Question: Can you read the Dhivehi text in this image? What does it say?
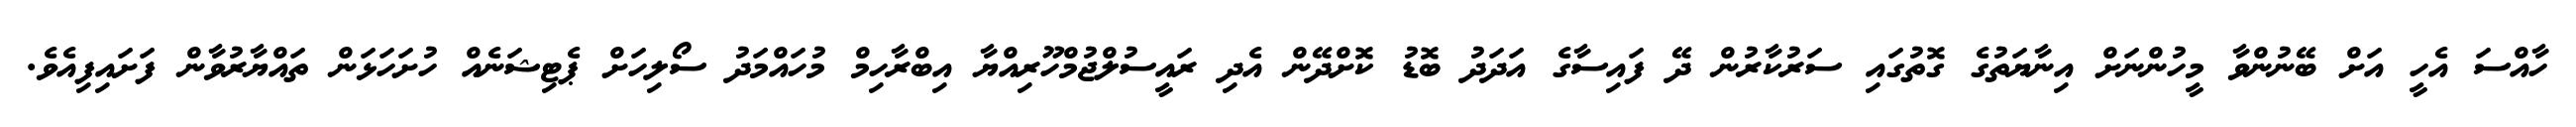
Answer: ހާއްސަ އެހީ އަށް ބޭނުންވާ މީހުންނަށް އިނާޔަތުގެ ގޮތުގައި ސަރުކާރުން ދޭ ފައިސާގެ އަދަދު ބޮޑު ކޮށްދޭން އެދި ރައީސުލްޖުމްހޫރިއްޔާ އިބްރާހިމް މުހައްމަދު ސޯލިހަށް ޕެޓިޝަނެއް ހުށަހަޅަން ތައްޔާރުވާން ފަށައިފިއެވެ.